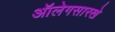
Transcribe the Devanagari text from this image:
ऑलेगसारखे